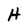
Character: H